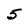
Character: 5